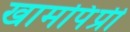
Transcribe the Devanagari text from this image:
खामपिंप्री